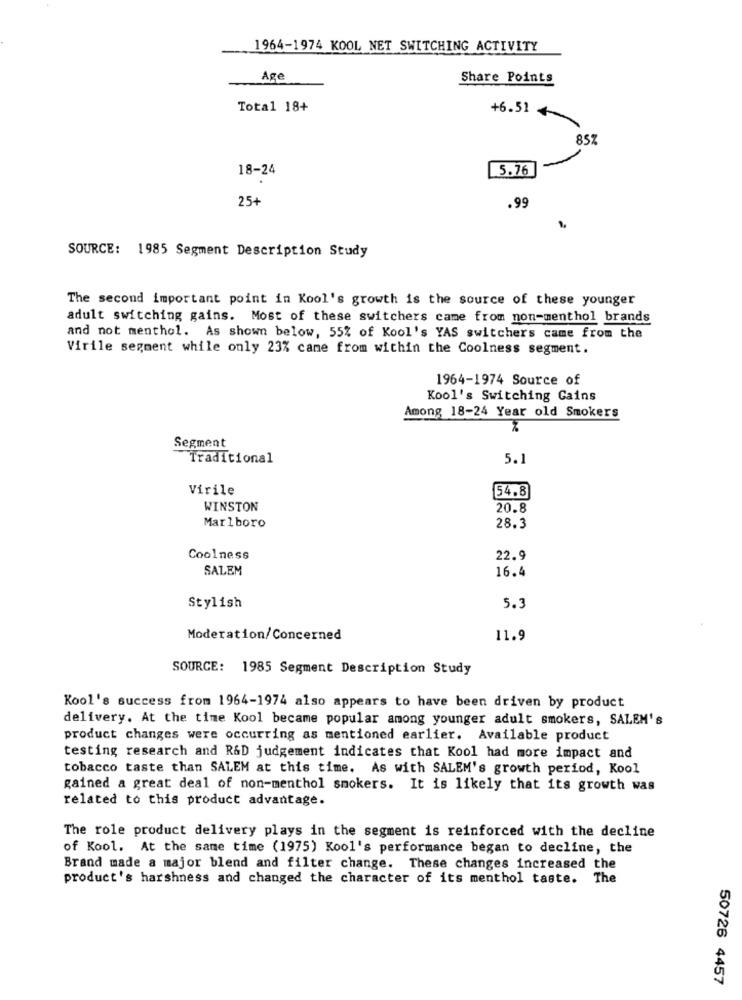
1964-1974 KOOL NET SWITCHING ACTIVITY
Age
Share Points
Total 18+
+6.51
85Z
18-24
5.76
25+
.99
SOURCE: 1985 Segment Description Study
The second important point in Kool's growth is the source of these younger
adult switching gains. Most of these switchers came from non-menthol brands
and not menthol. As shown below, 55% of Kool's YAS switchers came from the
Virile segment while only 23% came from within the Coolness segment.
1964-1974 Source of
Kool's Switching Gains
Among 18-24 Year old Smokers
Segment
Traditional
5.1
Virile
54.8
WINSTON
20.8
Marlboro
28.3
Coolness
22.9
SALEM
16.4
Stylish
5.3
Moderation/Concerned
11.9
SOURCE: 1985 Segment Description Study
Kool's success from 1964-1974 also appears to have been driven by product
delivery. At the time Kool became popular among younger adult smokers, SALEM's
product changes were occurring as mentioned earlier. Available product
testing research and R&D judgement indicates that Kool had more impact and
tobacco taste than SALEM at this time. As with SALEM's growth period, Kool
gained a great deal of non-menthol smokers. It is likely that its growth was
related to this product advantage.
The role product delivery plays in the segment is reinforced with the decline
of Kool. At the same time (1975) Kool's performance began to decline, the
Brand made a major blend and filter change. These changes increased the
product's harshness and changed the character of its menthol taste. The
50726 4457